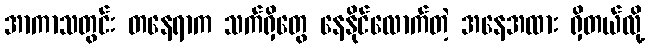
အာကာသတွင်း တနေရာက သက်ရှိတွေ နေနိုင်လောက်တဲ့ အနေအထား ရှိတယ်လို့